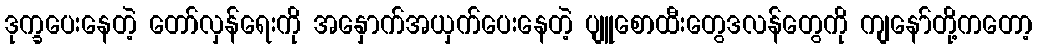
ဒုက္ခပေးနေတဲ့ တော်လှန်ရေးကို အနှောက်အယှက်ပေးနေတဲ့ ပျူစောထီးတွေဒလန်တွေကို ကျနော်တို့ကတော့